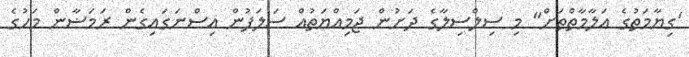
'ގިޔާމަތުގެ އަލާމާތްތަށް" މި ސިލްސިލާގެ ދަށުން ޖަމިއްޔަތުއް ސަލަފުން އިސްނަގައިގެން ރަމަޟާން މަހުގެ